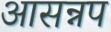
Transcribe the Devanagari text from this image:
आसन्नप